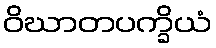
ဝိဃာတပက္ခိယံ